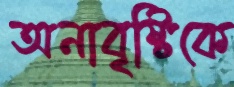
অনাবৃষ্টিকে